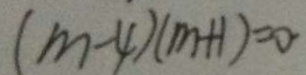
( m - 4 ) ( m + 1 ) = 0